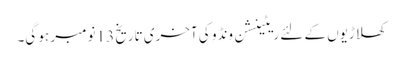
کھلاڑیوں کے لئے ریٹینشن ونڈو کی آخری تاریخ 13 نومبر ہو گی۔